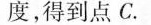
度，得到点C。